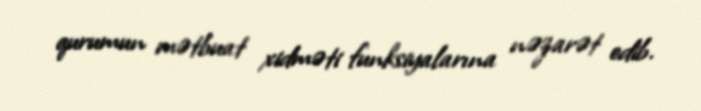
qurumun mətbuat xidməti funksiyalarına nəzarət edib.